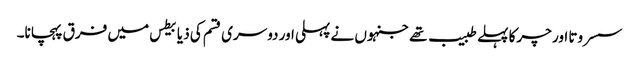
سسروتا اور چرکا پہلے طبیب تھے جنہوں نے پہلی اور دوسری قسم کی ذیابیطس میں فرق پہچانا۔